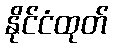
နိုင်ငံထုတ်